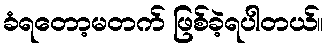
ခံရတော့မတက် ဖြစ်ခဲ့ရပါတယ်။